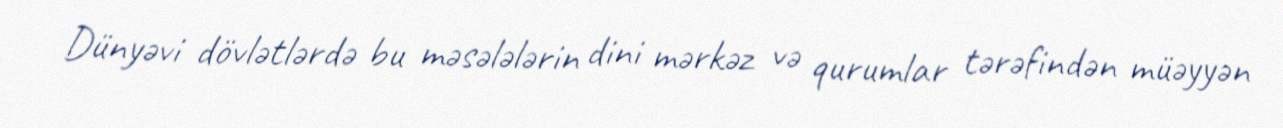
Dünyəvi dövlətlərdə bu məsələlərin dini mərkəz və qurumlar tərəfindən müəyyən